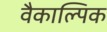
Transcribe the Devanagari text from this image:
वैकाल्पिक